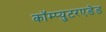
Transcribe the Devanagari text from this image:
कॉम्प्युटरएडेड